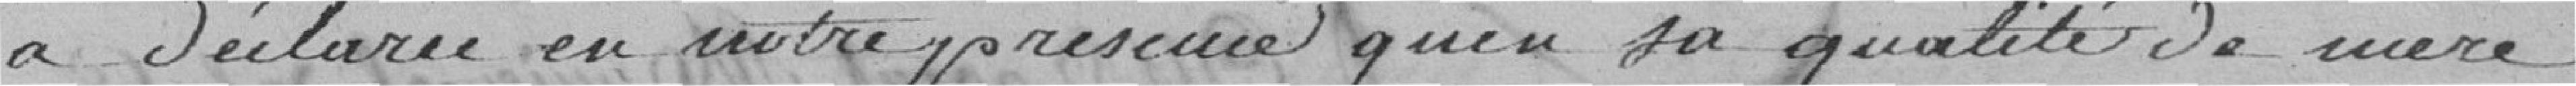
a déclaré en notre présence qu'en sa qualité de mère